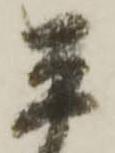
平